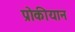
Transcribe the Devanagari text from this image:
प्रोकीयान